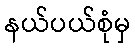
နယ်ပယ်စုံမှ